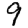
Digit: 9